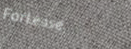
ForLease